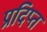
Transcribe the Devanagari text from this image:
प्रदिप्त